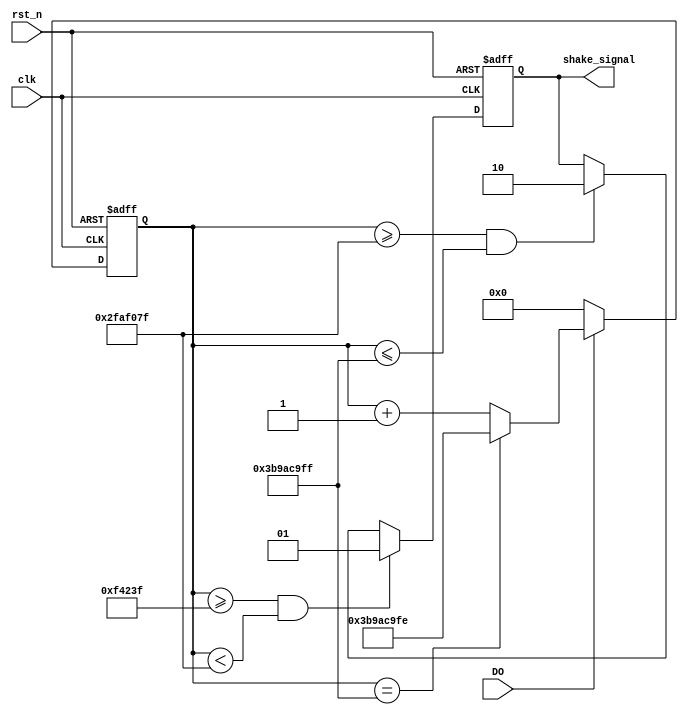
/*================================================*\
		  Filenameshake.v
			 AuthorXuKunyao
	  Description
  Target Devices: XC6SLX16-2FTG256-2C
   Tool versions: ISE 14.6(nt64/P.68d) 
  			  Email905407267@qq.com
			Company
\*================================================*/

module shake(
	input						clk,
	input						rst_n,
	input						DO,//
	output	reg [1:0]	shake_signal
    );
	 
	 reg [31:0] cnt_shake;
	 
always@(posedge clk or negedge rst_n)
	if(!rst_n)
		cnt_shake <= 32'b0;
	else if (DO == 1'b0)
		cnt_shake <= 32'b0;
	else if (cnt_shake == 32'd999_999_999)
		cnt_shake <= 32'd999_999_998;
	else if (DO == 1'b1)
		cnt_shake <= cnt_shake +1'b1;
	else;
	 
always@(posedge clk or negedge rst_n)
	if(!rst_n)
		shake_signal <= 2'b0;
	else if(cnt_shake >= 32'd999_999 && cnt_shake < 32'd49_999_999)
		shake_signal <= 2'b1;
	else if(cnt_shake >= 32'd49_999_999 && cnt_shake <= 32'd999_999_999)
		shake_signal <= 2'd2;
	else;

endmodule